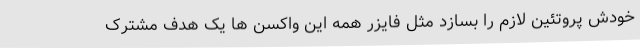
خودش پروتئین لازم را بسازد مثل فایزر همه این واکسن ها یک هدف مشترک